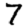
Digit: 7